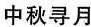
中秋寻月